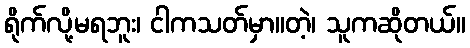
ရိုက်လို့မရဘူး၊ ငါကသတ်မှာ။တဲ့၊ သူကဆိုတယ်။